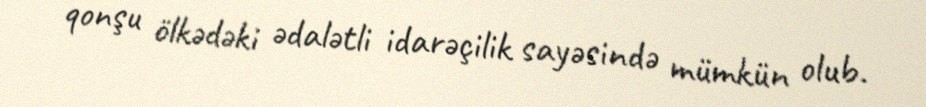
qonşu ölkədəki ədalətli idarəçilik sayəsində mümkün olub.